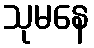
သုမနေ